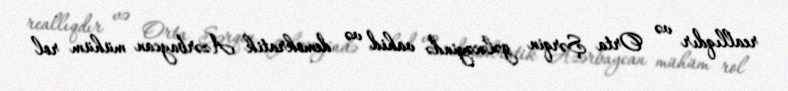
reallıqdır və Orta Şərqin gələcəyində vahid və demokratik Azərbaycan mühüm rol